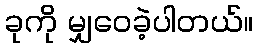
ခုကို မျှဝေခဲ့ပါတယ်။